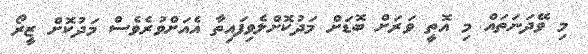
މި ވޭދަނަތައް މި އޮތީ ވަރަށް ބޮޑަށް މަދުކޮށްލެވިފައިތާ އެއަށްވުރެވެސް މަދުކޮށް ޒީރޯ